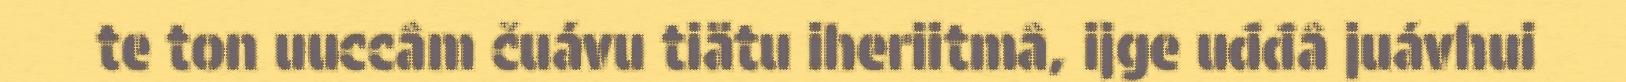
te ton uuccâm čuávu tiätu iheriitmâ, ijge uđđâ juávhui